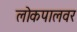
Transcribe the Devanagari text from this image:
लोकपालवर